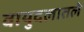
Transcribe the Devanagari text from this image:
वायुदलातले